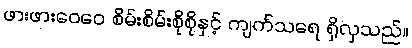
ဖားဖားဝေဝေ စိမ်းစိမ်းစိုစိုနှင့် ကျက်သရေ ရှိလှသည်။